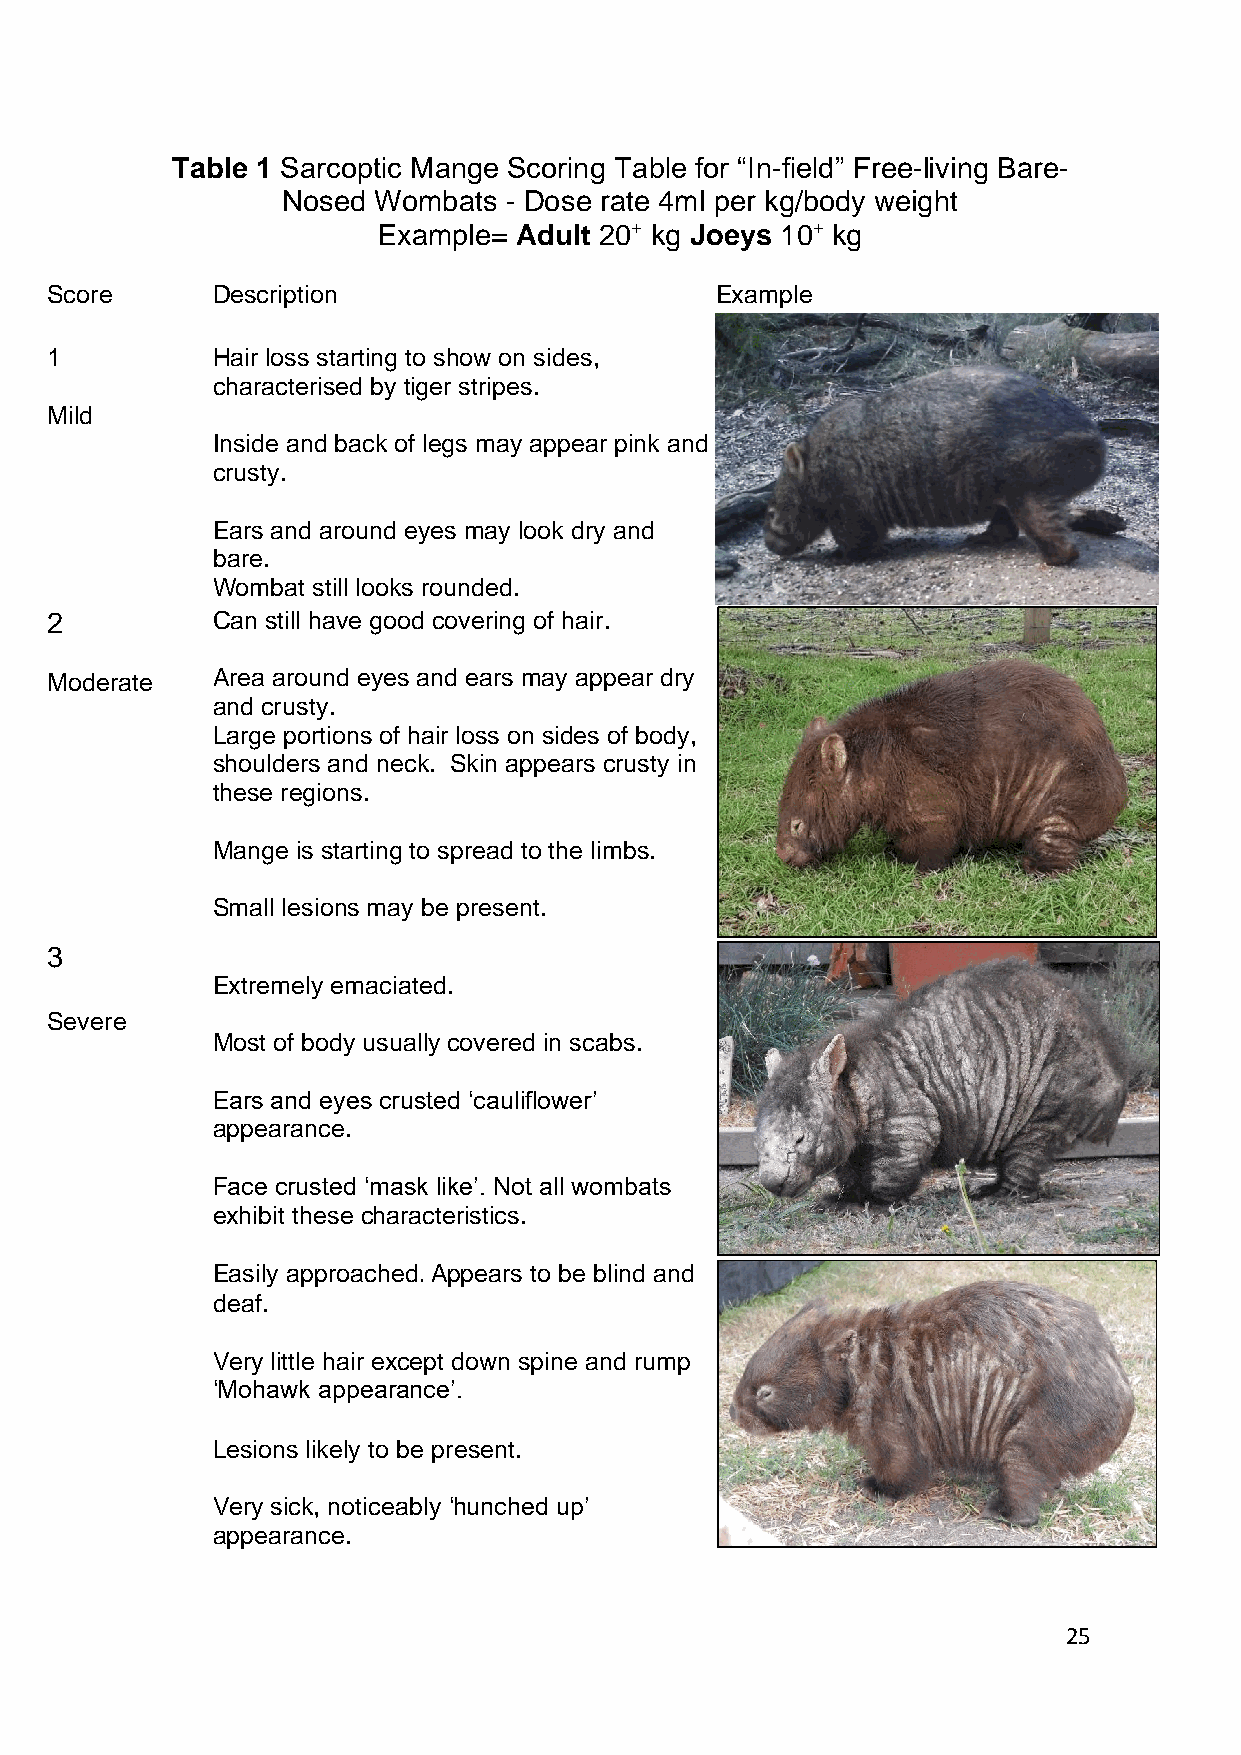
Table 1 Sarcoptic Mange Scoring Table for “In-field” Free-living Bare-
 Nosed Wombats - Dose rate 4ml per kg/body weight
 Example= Adult 20+ kg Joeys 10+ kg
 Score      Description                      Example
 1          Hair loss starting to show on sides,
 characterised by tiger stripes.
 Mild
 Inside and back of legs may appear pink and
 crusty.
 Ears and around eyes may look dry and
 bare.
 Wombat still looks rounded.
 2          Can still have good covering of hair.
 Moderate   Area around eyes and ears may appear dry
 and crusty.
 Large portions of hair loss on sides of body,
 shoulders and neck. Skin appears crusty in
 these regions.
 Mange is starting to spread to the limbs.
 Small lesions may be present.
 3
 Extremely emaciated.
 Severe
 Most of body usually covered in scabs.
 Ears and eyes crusted ‘cauliflower’
 appearance.
 Face crusted ‘mask like’. Not all wombats
 exhibit these characteristics.
 Easily approached. Appears to be blind and
 deaf.
 Very little hair except down spine and rump
 ‘Mohawk appearance’.
 Lesions likely to be present.
 Very sick, noticeably ‘hunched up’
 appearance.
 25